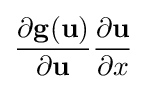
{\frac {\partial \mathbf {g} (\mathbf {u} )}{\partial \mathbf {u} }}{\frac {\partial \mathbf {u} }{\partial x}}